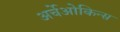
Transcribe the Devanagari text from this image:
अर्चेओकिन्स